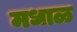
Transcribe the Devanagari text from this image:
मधाळ